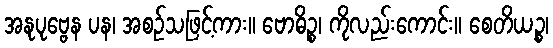
အနုပုဗ္ဗေန ပန၊ အစဉ်သဖြင့်ကား။ ဗောဓိဉ္စ၊ ကိုလည်းကောင်း။ စေတိယဉ္စ၊